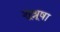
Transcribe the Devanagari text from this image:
शु्श्रूषा